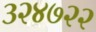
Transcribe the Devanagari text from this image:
३२४७२२